Report on vaccination North-West Frontier Province 1904-1922 - 1904-1922
Year: 1904
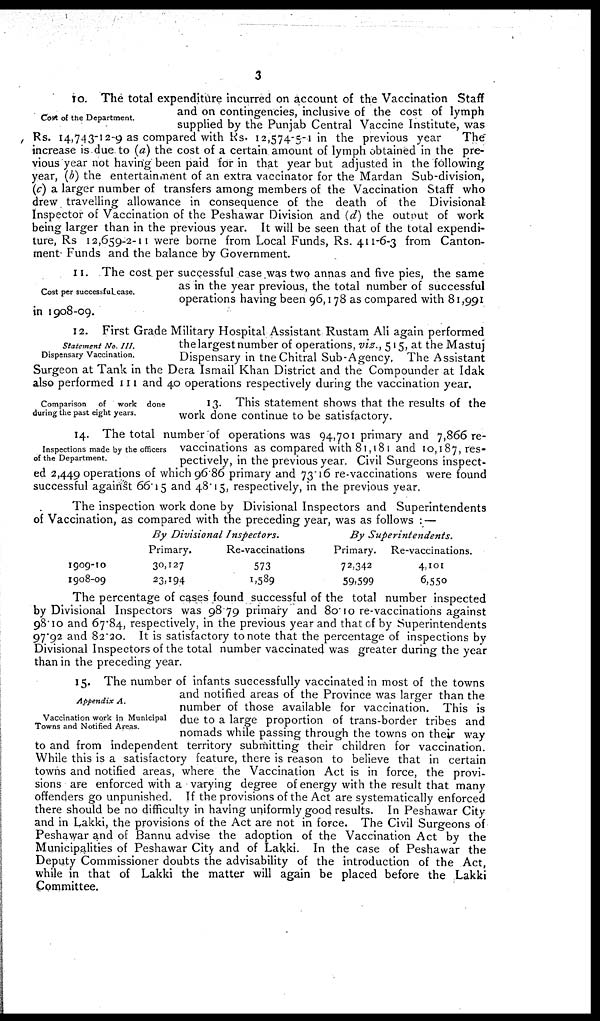
3
Cost of the Department.
10. The total expenditure incurred on account of the Vaccination Staff
and on contingencies, inclusive of the cost of lymph
supplied by the Punjab Central Vaccine Institute, was
Rs. 14,743-12-9 as compared with Rs. 12,574-5-1 in the previous year
The
increase is due to (a) the cost of a certain amount of lymph obtained in the pre-
vious year not having been paid for in that year but adjusted in the following
year, (b) the entertainment of an extra vaccinator for the Mardan Sub-division,
(c) a larger number of transfers among members of the Vaccination Staff who
drew travelling allowance in consequence of the death of the Divisional
Inspector of Vaccination of the Peshawar Division and (d) the output of work
being larger than in the previous year. It will be seen that of the total expendi-
ture, Rs 12,659-2-11 were borne from Local Funds, Rs. 411-6-3 from Canton-
ment Funds and the balance by Government.
Cost per successful case.
11. The cost per successful case was two annas and five pies, the same
as in the year previous, the total number of successful
operations having been 96,178 as compared with 81,991
in 1908-09.
Statement No. III.
Dispensary Vaccination.
12. First Grade Military Hospital Assistant Rustam Ali again performed
the largest number of operations, viz., 515, at the Mastuj
Dispensary in the Chitral Sub-Agency, The Assistant
Surgeon at Tank in the Dera Ismail Khan District and the Compounder at Idak
also performed 111 and 40 operations respectively during the vaccination year.
Comparison
of work done
during the past eight years.
13. This statement shows that the results of the
work done continue to be satisfactory.
Inspections made by the officers
of the Department.
14. The total number of operations was 94,701 primary and 7,866 re-
vaccinations as compared with 81,181 and 10,187, res-
pectively, in the previous year. Civil Surgeons inspect-
ed 2,449 operations of which 96.86 primary and 73.16 re-vaccinations were found
successful against 66.15 and 48.15, respectively, in the previous year.
The inspection work done by Divisional Inspectors and Superintendents
of Vaccination, as compared with the preceding year, was as follows : —
1909-10
1908-09
By Divisional
Inspectors.
Primary.
30,127
23,194
Re-vaccinations
573
1,589
By
Superintendents.
Primary.
72,342
59.599
Re-vaccinations.
4,101
6,550
The percentage of cases found successful of the total number inspected
by Divisional Inspectors was 98.79 primary and 80.10 re-vaccinations against
98.10 and 67.84, respectively, in the previous year and that of by Superintendents
97.92 and 82.20. It is satisfactory to note that the percentage of inspections by
Divisional Inspectors of the total number vaccinated was greater during the year
than in the preceding year.
Appendix A.
Vaccination work in Municipal
Towns and Notified Areas.
15. The number of infants successfully vaccinated in most of the towns
and notified areas of the Province was larger than the
number of those available for vaccination. This is
due to a large proportion of trans-border tribes and
nomads while passing through the towns on their way
to and from independent territory submitting their children for vaccination.
While this is a satisfactory feature, there is reason to believe that in certain
towns and notified areas, where the Vaccination Act is in force, the provi-
sions are enforced with a varying degree of energy with the result that many
offenders go unpunished. If the provisions of the Act are systematically enforced
there should be no difficulty in having uniformly good results. In Peshawar City
and in Lakki, the provisions of the Act are not in force. The Civil Surgeons of
Peshawar and of Bannu advise the adoption of the Vaccination Act by the
Municipalities of Peshawar City and of Lakki. In the case of Peshawar the
Deputy Commissioner doubts the advisability of the introduction of the Act,
while in that of Lakki the matter will again be placed before the Lakki
Committee.